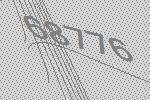
68776